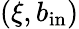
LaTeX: (\xi,b_{\mathrm{in}})